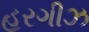
હરગીઝ